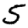
Digit: 5